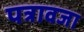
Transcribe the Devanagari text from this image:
पत्रावजा